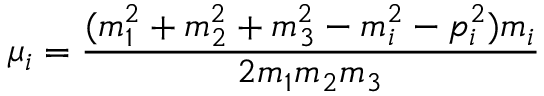
\mu _ { i } = \frac { ( m _ { 1 } ^ { 2 } + m _ { 2 } ^ { 2 } + m _ { 3 } ^ { 2 } - m _ { i } ^ { 2 } - p _ { i } ^ { 2 } ) m _ { i } } { 2 m _ { 1 } m _ { 2 } m _ { 3 } }